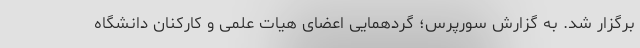
برگزار شد. به گزارش سورپرس؛ گردهمایی اعضای هیات علمی و کارکنان دانشگاه